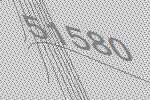
51580